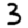
Digit: 3